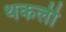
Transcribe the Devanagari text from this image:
थकली